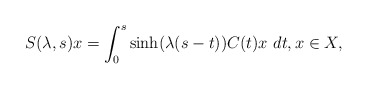
\begin{align*} S(\lambda,s)x=\int_{0}^{s}\sinh(\lambda(s-t))C(t)x\ dt, x\in X, \end{align*}